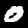
Digit: 0